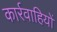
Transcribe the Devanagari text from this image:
कार्रवाहियों